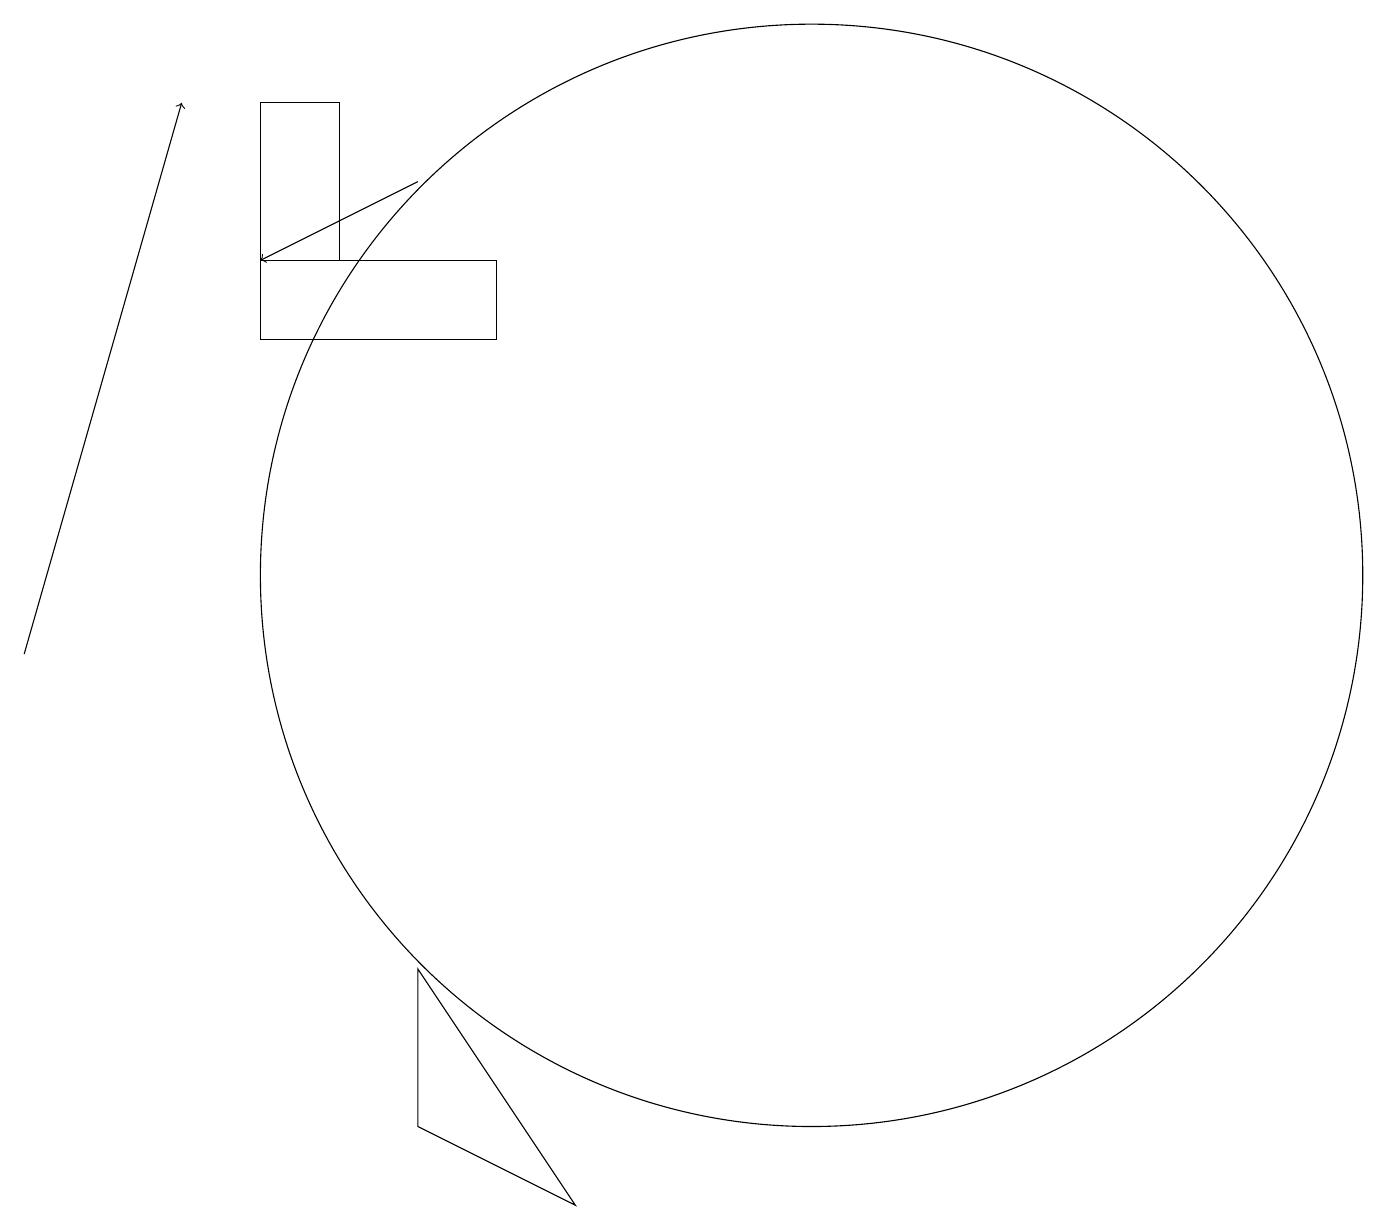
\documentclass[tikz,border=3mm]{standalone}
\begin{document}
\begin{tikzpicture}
\draw (7,4) -- (5,7) -- (5,5) -- cycle;
\draw (6,15) rectangle (3,16);
\draw[->] (5,17) -- (3,16);
\draw[->] (0,11) -- (2,18);
\draw (10,12) circle (7);
\draw (4,18) rectangle (3,16);
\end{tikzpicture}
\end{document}